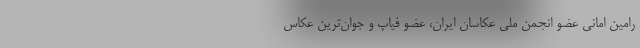
رامین امانی عضو انجمن ملی عکاسان ایران، عضو فیاپ و جوان‌ترین عکاس